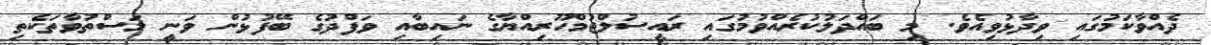
ދެއްވާކަމުގައި ވިދާޅުވިއެވެ. މި ބައްދަލުކުރެއްވުމުގައި ރައީސުލްޖުމްހޫރިއްޔާގެ ނައިބާއި ވަފްދުގެ ބޭފުޅުން ވަނީ މަސްތުވާތަކެތި